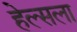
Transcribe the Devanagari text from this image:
हेल्सला